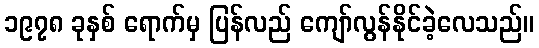
၁၉၇၈ ခုနှစ် ရောက်မှ ပြန်လည် ကျော်လွန်နိုင်ခဲ့လေသည်။